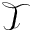
\mathcal { T }